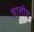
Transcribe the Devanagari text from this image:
जालीच